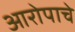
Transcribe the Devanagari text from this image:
आरोपाचे